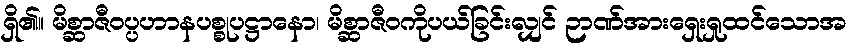
ရှိ၏။ မိစ္ဆာဇီဝပ္ပဟာနပစ္စုပဋ္ဌာနော၊ မိစ္ဆာဇီဝကိုပယ်ခြင်းလျှင် ဉာဏ်အားရှေးရှုထင်သောအ